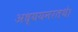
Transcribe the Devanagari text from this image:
अध्ययनरतथे।